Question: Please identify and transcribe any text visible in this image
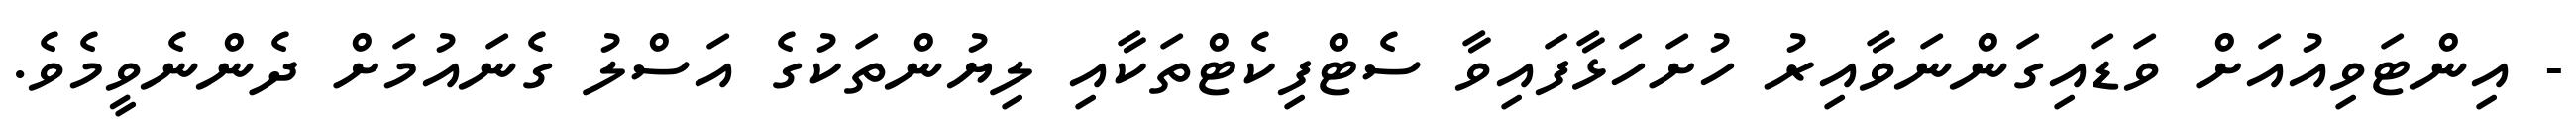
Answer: - އިންޓަވިއުއަށް ވަޑައިގަންނަވާއިރު ހުށަހަޅާފައިވާ ސެޓްފިކެޓްތަކާއި ލިޔުންތަކުގެ އަސްލު ގެނައުމަށް ދެންނެވީމެވެ.